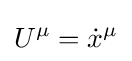
U^{\mu }={\dot {x}}^{\mu }